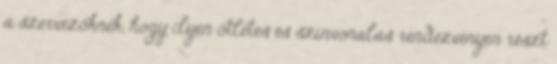
a szervezőknek, hogy ilyen ötletes és színvonalas rendezvényen részt